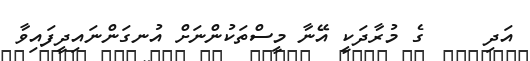
އަދި     ގެ މުރާދަކީ އޭނާ މީސްތަކުންނަށް އުނގަންނައިދީފައިވާ